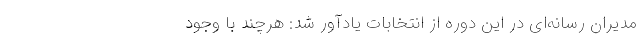
مدیران رسانه‌ای در این دوره از انتخابات یادآور شد: هرچند با وجود